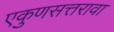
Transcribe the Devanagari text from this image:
एकुणसत्तरावा